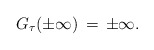
\begin{align*}G_{\tau}(\pm \infty)\,=\,\pm \infty.\end{align*}